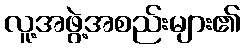
လူ့အဖွဲ့အစည်းများ၏